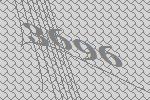
3696